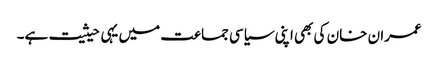
عمران خان کی بھی اپنی سیاسی جماعت میں یہی حیثیت ہے۔